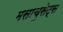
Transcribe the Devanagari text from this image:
मसाचुसेट्स